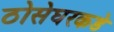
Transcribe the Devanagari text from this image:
ठोसेघरकडे